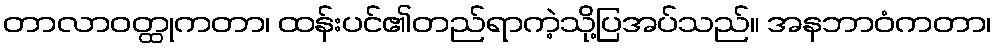
တာလာဝတ္ထုကတာ၊ ထန်းပင်၏တည်ရာကဲ့သို့ပြအပ်သည်။ အနဘာဝံကတာ၊